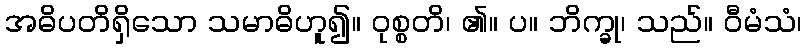
အဓိပတိရှိသော သမာဓိဟူ၍။ ဝုစ္စတိ၊ ၏။ ပ။ ဘိက္ခု၊ သည်။ ဝီမံသံ၊